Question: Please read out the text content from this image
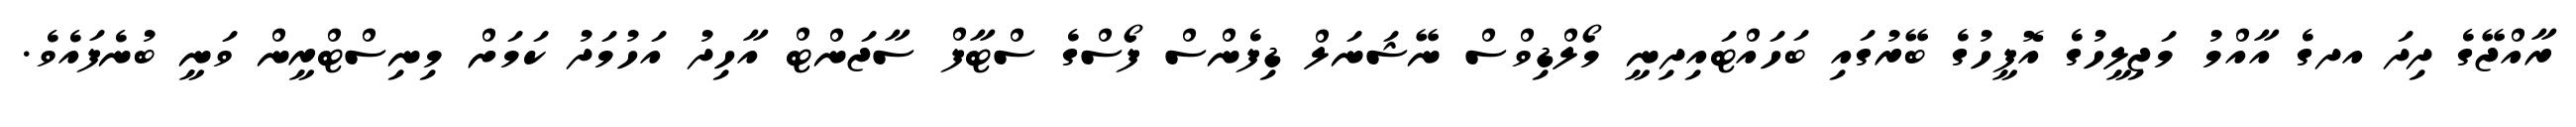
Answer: ރާއްޖޭގެ ދިދަ އދގެ އާއްމު މަޖިލީހުގެ އޮފީހުގެ ބޭރުގައި ބަހައްޓައިދިނީ މޯލްޑިވްސް ނޭޝަނަލް ޑިފެންސް ފޯސްގެ ސްޓާފް ސާޖަންޓް އާހިދު އަހުމަދު ކަމަށް މިނިސްޓްރީން ވަނީ ބުނެފައެވެ.